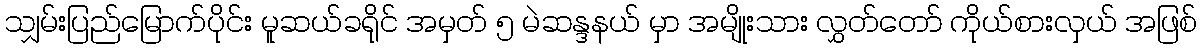
သျှမ်းပြည်မြောက်ပိုင်း မူဆယ်ခရိုင် အမှတ် ၅ မဲဆန္ဒနယ် မှာ အမျိုးသား လွှတ်တော် ကိုယ်စားလှယ် အဖြစ်